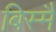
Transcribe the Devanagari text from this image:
बिस्मै